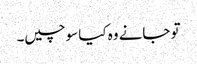
تو جانے وہ کیا سوچیں۔